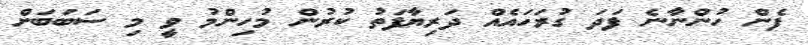
ފެން ހުންނާނެ ފަދަ ގުރަހައެއް ދަރިޔާފަތު ކުރުން މުހިންމު ވީ މި ސަބަބަށް